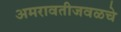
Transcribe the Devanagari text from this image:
अमरावतीजवळचे